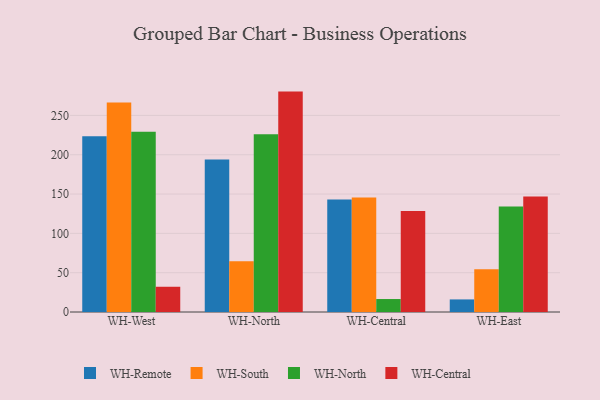
{"axis": {"x": "Warehouse", "y": "Inventory Turnover"}, "legend": ["WH-Central", "WH-North", "WH-Remote", "WH-South"], "data": [{"x": "WH-West", "y": 223.5, "type": "WH-Remote"}, {"x": "WH-West", "y": 266.3, "type": "WH-South"}, {"x": "WH-West", "y": 229.2, "type": "WH-North"}, {"x": "WH-West", "y": 32.1, "type": "WH-Central"}, {"x": "WH-North", "y": 193.8, "type": "WH-Remote"}, {"x": "WH-North", "y": 64.7, "type": "WH-South"}, {"x": "WH-North", "y": 225.9, "type": "WH-North"}, {"x": "WH-North", "y": 280.3, "type": "WH-Central"}, {"x": "WH-Central", "y": 143.2, "type": "WH-Remote"}, {"x": "WH-Central", "y": 145.6, "type": "WH-South"}, {"x": "WH-Central", "y": 16.5, "type": "WH-North"}, {"x": "WH-Central", "y": 128.6, "type": "WH-Central"}, {"x": "WH-East", "y": 16.0, "type": "WH-Remote"}, {"x": "WH-East", "y": 54.5, "type": "WH-South"}, {"x": "WH-East", "y": 134.2, "type": "WH-North"}, {"x": "WH-East", "y": 146.8, "type": "WH-Central"}]}